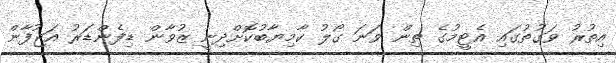
އިތުރު ވަގުތުގައި އެޓީމުގެ ތިން ވަނަ ގޯލު ކާމިޔާބުކޮށްދިނީ ޒުވާން ޑިފެންޑަރު އަޖުފާން